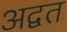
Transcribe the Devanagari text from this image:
अद्वत